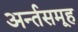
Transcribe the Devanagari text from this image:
अर्न्तसमूह